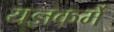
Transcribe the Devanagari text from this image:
यज्ञकर्मे